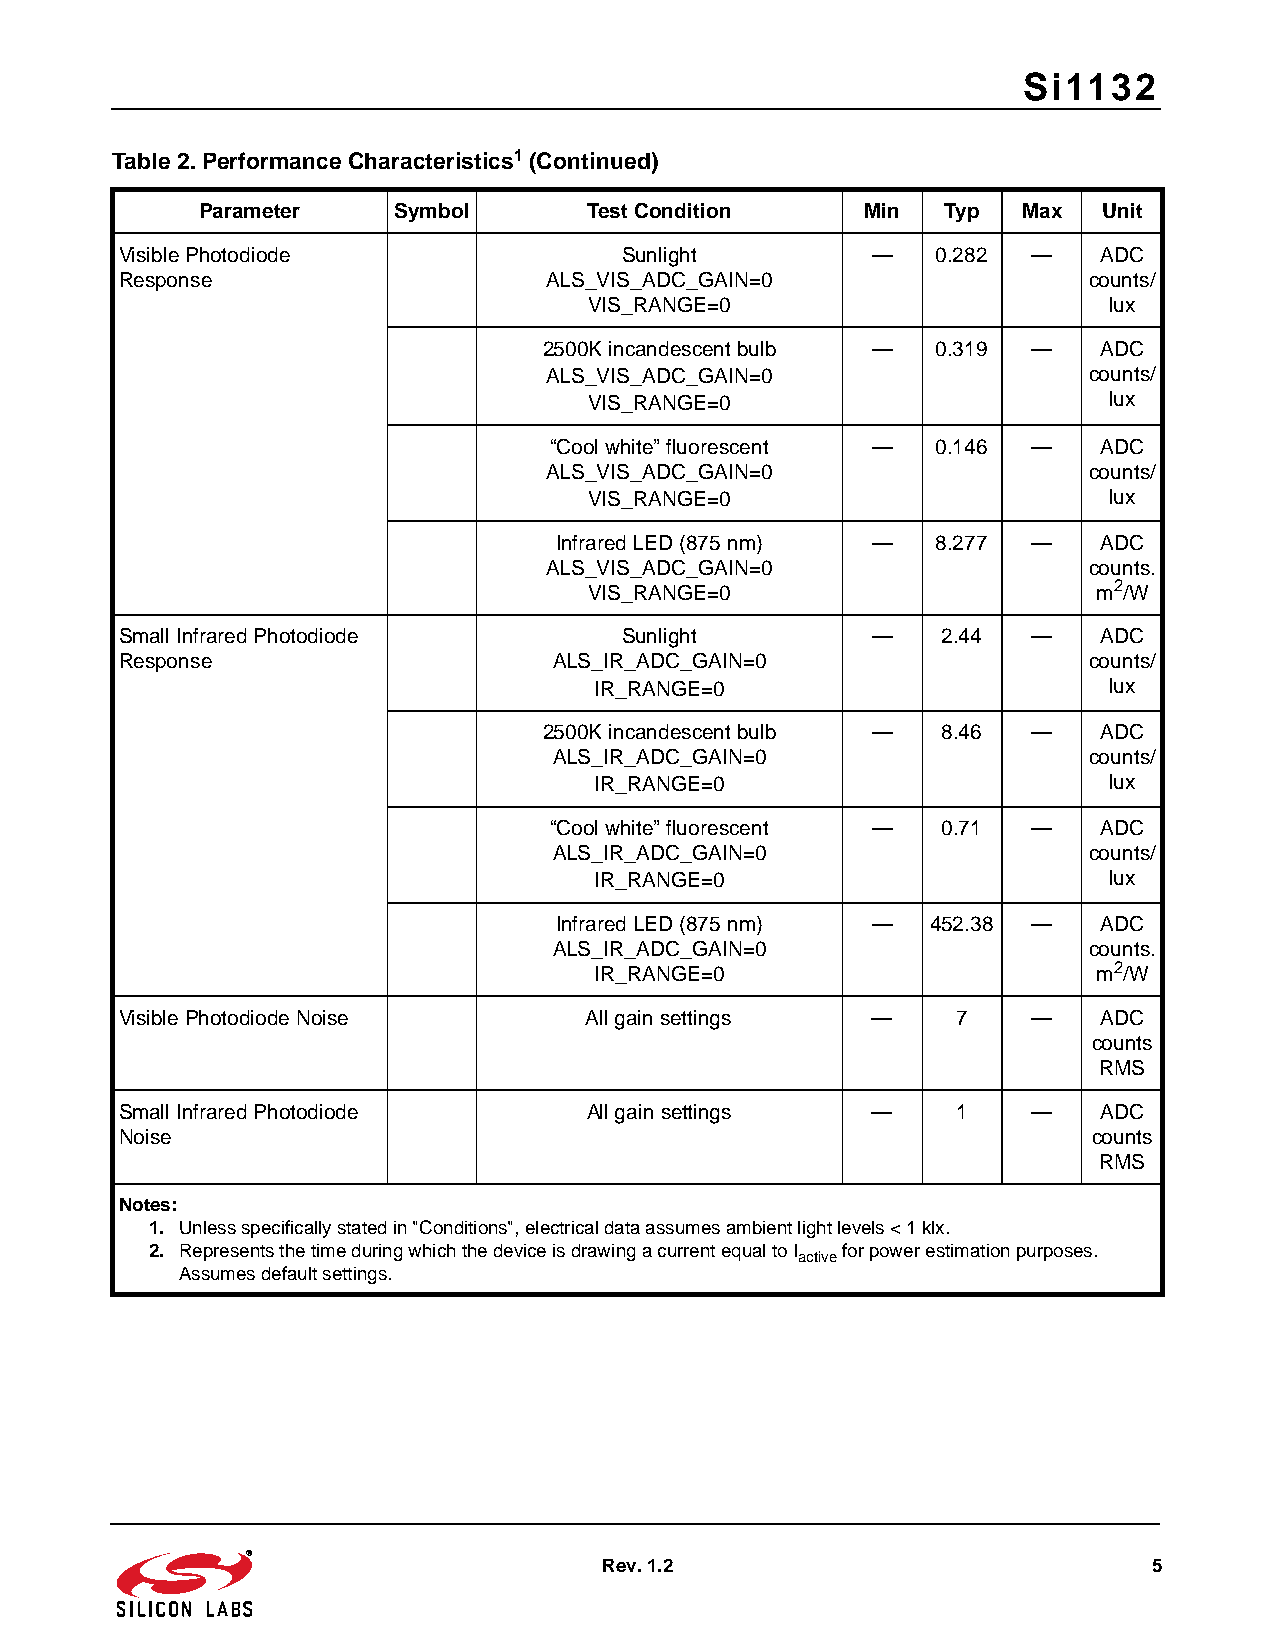
Si1132
 Table 2. Performance Characteristics1 (Continued)
 Parameter    Symbol       Test Condition    Min   Typ  Max  Unit
 Visible Photodiode               Sunlight         —   0.282 —    ADC
 Response                    ALS_VIS_ADC_GAIN=0                  counts/
 VIS_RANGE=0                       lux
 2500K incandescent bulb — 0.319 —    ADC
 ALS_VIS_ADC_GAIN=0                  counts/
 VIS_RANGE=0                       lux
 “Cool white” fluorescent — 0.146 —   ADC
 ALS_VIS_ADC_GAIN=0                  counts/
 VIS_RANGE=0                       lux
 Infrared LED (875 nm) —  8.277 —    ADC
 ALS_VIS_ADC_GAIN=0                  counts.
 VIS_RANGE=0                       m2/W
 Small Infrared Photodiode        Sunlight         —   2.44  —    ADC
 Response                     ALS_IR_ADC_GAIN=0                  counts/
 IR_RANGE=0                        lux
 2500K incandescent bulb — 8.46  —    ADC
 ALS_IR_ADC_GAIN=0                  counts/
 IR_RANGE=0                        lux
 “Cool white” fluorescent — 0.71 —    ADC
 ALS_IR_ADC_GAIN=0                  counts/
 IR_RANGE=0                        lux
 Infrared LED (875 nm) —  452.38 —   ADC
 ALS_IR_ADC_GAIN=0                  counts.
 IR_RANGE=0                        m2/W
 Visible Photodiode Noise       All gain settings  —    7    —    ADC
 counts
 RMS
 Small Infrared Photodiode      All gain settings  —    1    —    ADC
 Noise                                                           counts
 RMS
 Notes:
 1. Unless specifically stated in "Conditions", electrical data assumes ambient light levels < 1klx.
 2. Represents the time during which the device is drawing a current equal to I for power estimation purposes.
 active
 Assumes default settings.
 Rev. 1.2                            5